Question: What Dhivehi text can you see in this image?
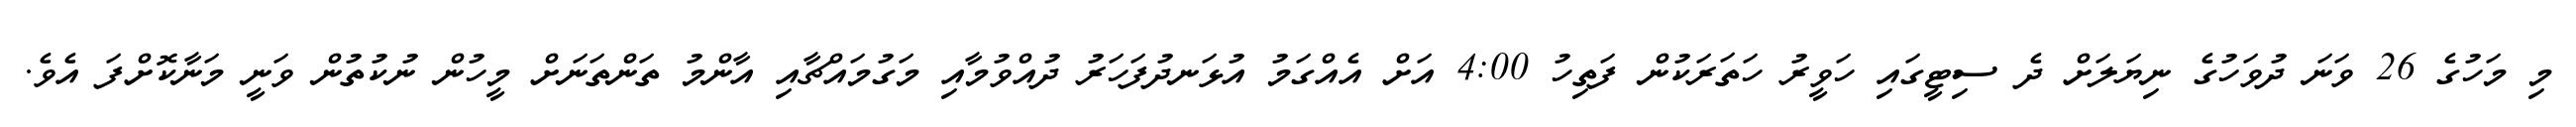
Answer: މި މަހުގެ 26 ވަނަ ދުވަހުގެ ނިޔަލަށް ދެ ސިޓީގައި ހަވީރު ހަތަރަކުން ފަތިހު 4:00 އަށް އެއްގަމު އުޅަނދުފަހަރު ދުއްވުމާއި މަގުމައްޗާއި އާންމު ތަންތަނަށް މީހުން ނުކުތުން ވަނީ މަނާކޮށްފަ އެވެ.